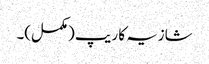
شازیہ کا ریپ (مکمل)۔